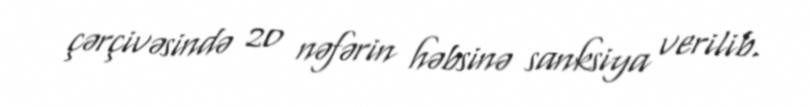
çərçivəsində 20 nəfərin həbsinə sanksiya verilib.